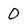
Character: 0